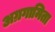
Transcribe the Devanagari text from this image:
अग्रगामिता